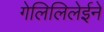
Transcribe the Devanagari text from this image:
गेलिलिलेईने